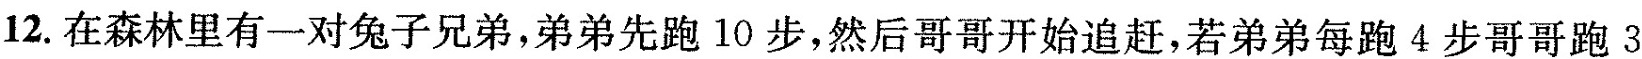
12.在森林里有一对兔子兄弟，弟弟先跑10步，然后哥哥开始追赶，若弟弟每跑4步哥哥跑3